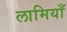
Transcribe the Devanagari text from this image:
लामियाँ